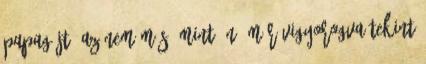
papagájt, az nem más, mint én, már vigyorogva tekint